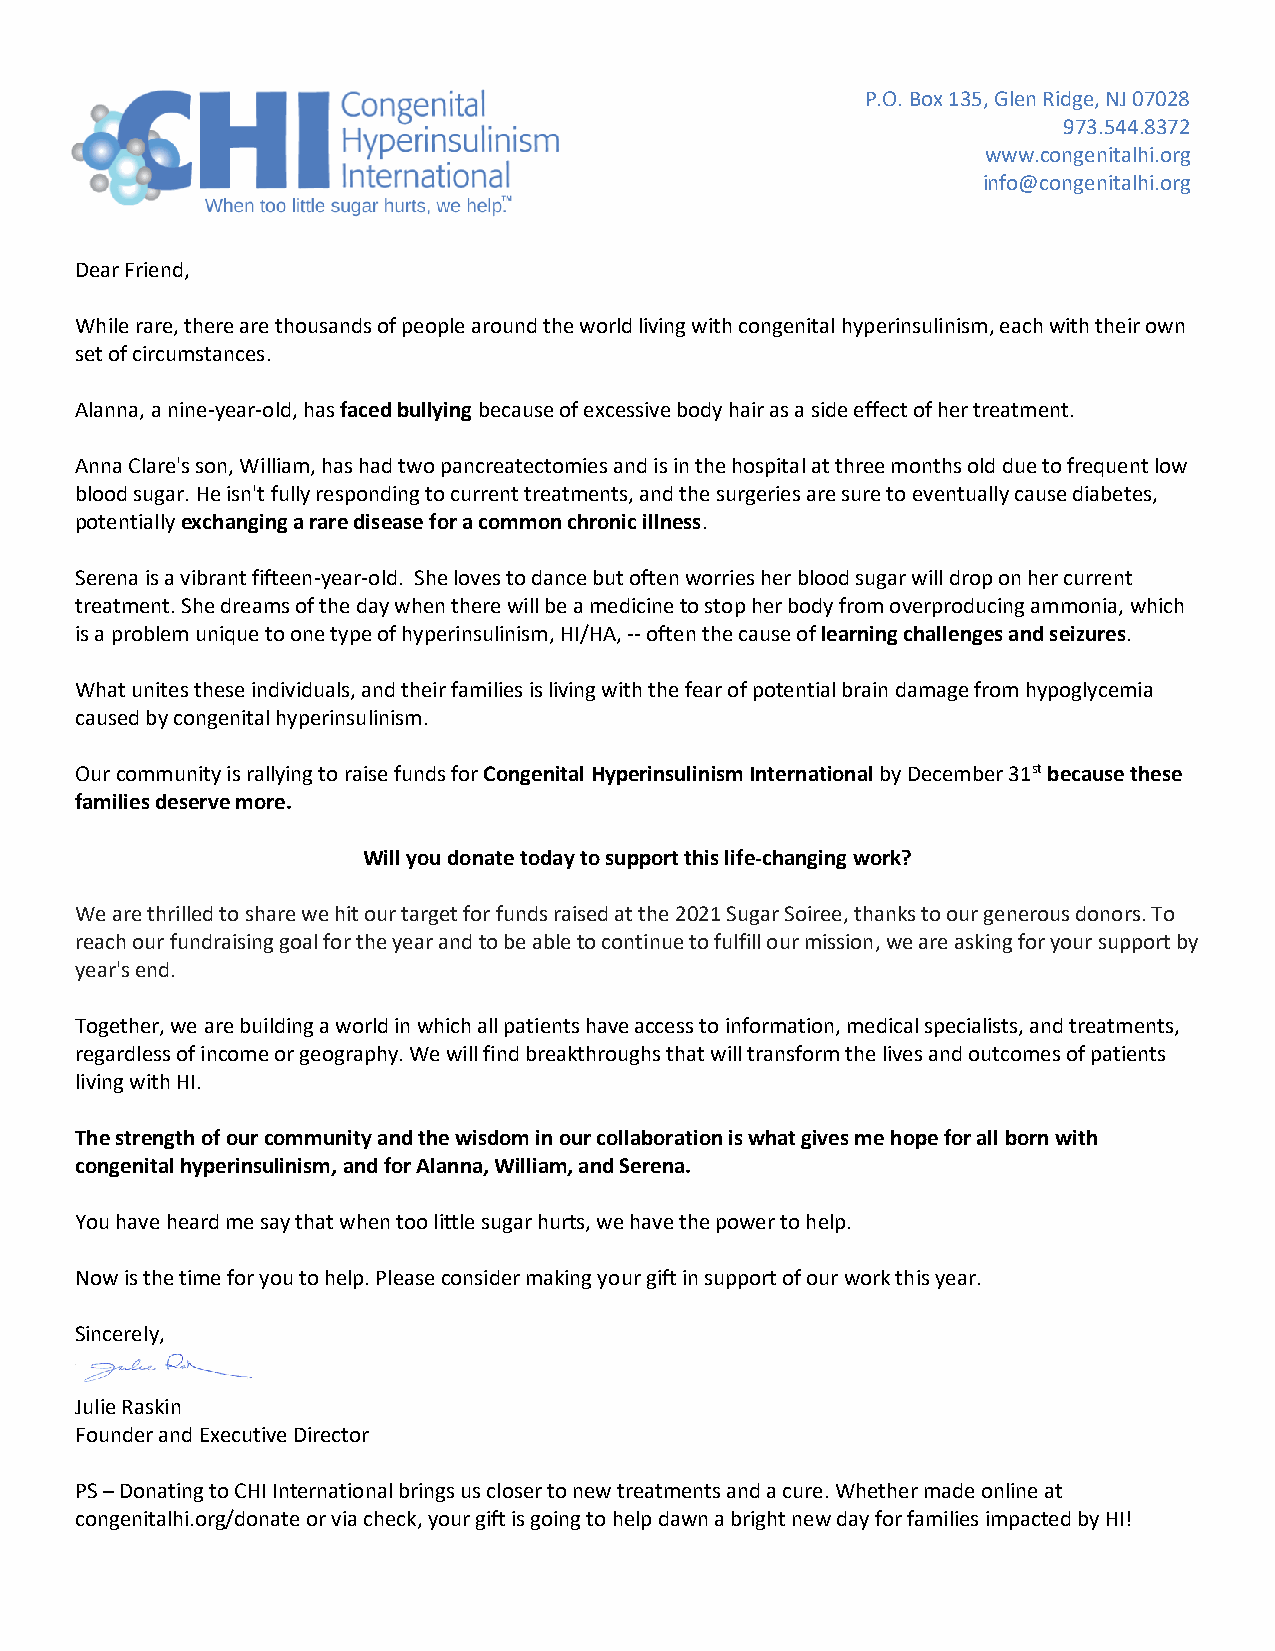
P.O. Box 135, Glen Ridge, NJ 07028
 973.544.8372
 www.congenitalhi.org
 info@congenitalhi.org
 Dear Friend,
 While rare, there are thousands of people around the world living with congenital hyperinsulinism, each with their own
 set of circumstances.
 Alanna, a nine-year-old, has faced bullying because of excessive body hair as a side effect of her treatment.
 Anna Clare's son, William, has had two pancreatectomies and is in the hospital at three months old due to frequent low
 blood sugar. He isn't fully responding to current treatments, and the surgeries are sure to eventually cause diabetes,
 potentially exchanging a rare disease for a common chronic illness.
 Serena is a vibrant fifteen-year-old. She loves to dance but often worries her blood sugar will drop on her current
 treatment. She dreams of the day when there will be a medicine to stop her body from overproducing ammonia, which
 is a problem unique to one type of hyperinsulinism, HI/HA, -- often the cause of learning challenges and seizures.
 What unites these individuals, and their families is living with the fear of potential brain damage from hypoglycemia
 caused by congenital hyperinsulinism.
 Our community is rallying to raise funds for Congenital Hyperinsulinism International by December 31st because these
 families deserve more.
 Will you donate today to support this life-changing work?
 We are thrilled to share we hit our target for funds raised at the 2021 Sugar Soiree, thanks to our generous donors. To
 reach our fundraising goal for the year and to be able to continue to fulfill our mission, we are asking for your support by
 year's end.
 Together, we are building a world in which all patients have access to information, medical specialists, and treatments,
 regardless of income or geography. We will find breakthroughs that will transform the lives and outcomes of patients
 living with HI.
 The strength of our community and the wisdom in our collaboration is what gives me hope for all born with
 congenital hyperinsulinism, and for Alanna, William, and Serena.
 You have heard me say that when too little sugar hurts, we have the power to help.
 Now is the time for you to help. Please consider making your gift in support of our work this year.
 Sincerely,
 Julie Raskin
 Founder and Executive Director
 PS – Donating to CHI International brings us closer to new treatments and a cure. Whether made online at
 congenitalhi.org/donate or via check, your gift is going to help dawn a bright new day for families impacted by HI!